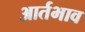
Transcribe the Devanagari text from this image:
आर्तभाव